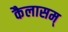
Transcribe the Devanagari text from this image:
कैलासम्‌